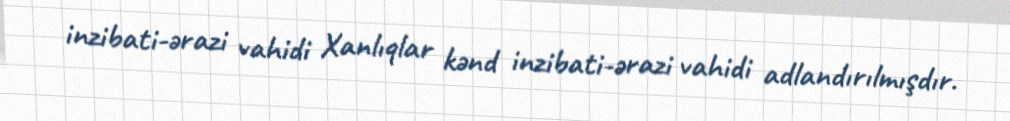
inzibati-ərazi vahidi Xanlıqlar kənd inzibati-ərazi vahidi adlandırılmışdır.